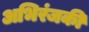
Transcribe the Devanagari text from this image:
अभिरंजकी